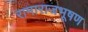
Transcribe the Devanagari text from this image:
रामाराजभूषण